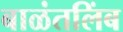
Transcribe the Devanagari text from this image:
बाळंतलिंब